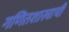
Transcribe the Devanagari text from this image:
गणितशास्त्राची